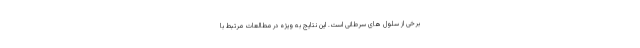
برخی از سلول های سرطانی است. این نتایج به ویژه در مطالعات مرتبط با